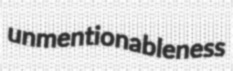
unmentionableness